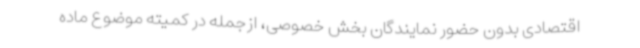
اقتصادی بدون حضور نمایندگان بخش خصوصی، ازجمله در کمیته موضوع ماده